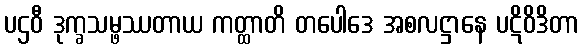
ပဌဝီ ဒုက္ခသမ္ဖဿတာယ ကတ္ထာတိ တပေါဒေ အစလဋ္ဌာနေ ပဋိဝိဒိတာ